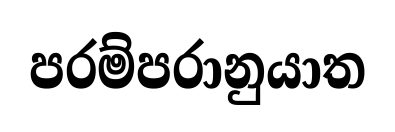
පරම්පරානුයාත